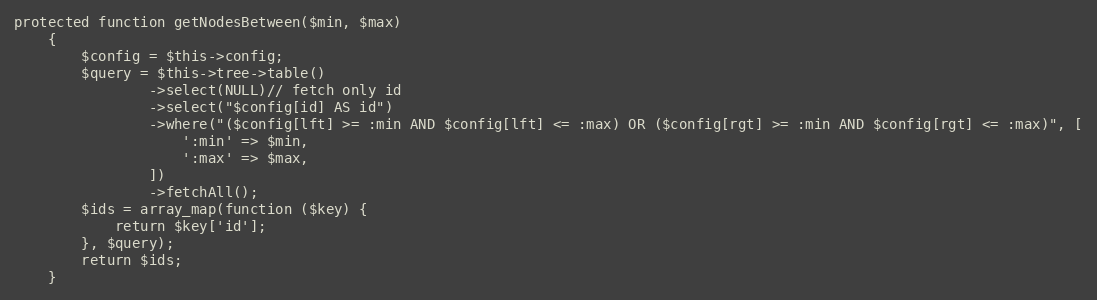
Language: PHP
protected function getNodesBetween($min, $max)
    {
        $config = $this->config;
        $query = $this->tree->table()
                ->select(NULL)// fetch only id
                ->select("$config[id] AS id")
                ->where("($config[lft] >= :min AND $config[lft] <= :max) OR ($config[rgt] >= :min AND $config[rgt] <= :max)", [
                    ':min' => $min,
                    ':max' => $max,
                ])
                ->fetchAll();
        $ids = array_map(function ($key) {
            return $key['id'];
        }, $query);
        return $ids;
    }